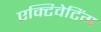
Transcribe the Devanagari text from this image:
एक्टिवेटिंग